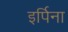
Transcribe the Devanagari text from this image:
इर्पिना